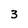
Character: 3